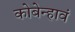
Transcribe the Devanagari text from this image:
कोबेन्हावं